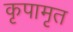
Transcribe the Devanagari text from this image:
कृपामृत